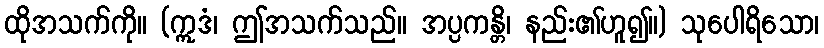
ထိုအသက်ကို။ (ဣဒံ၊ ဤအသက်သည်။ အပ္ပကန္တိ၊ နည်း၏ဟူ၍။) သုပေါရိသော၊